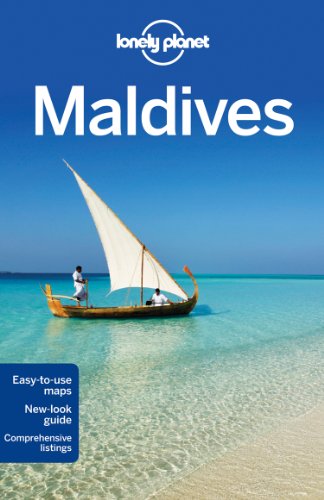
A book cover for Lonely Planet Maldives (Travel Guide); Lonely Planet; Travel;